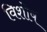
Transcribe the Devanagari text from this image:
विशोष